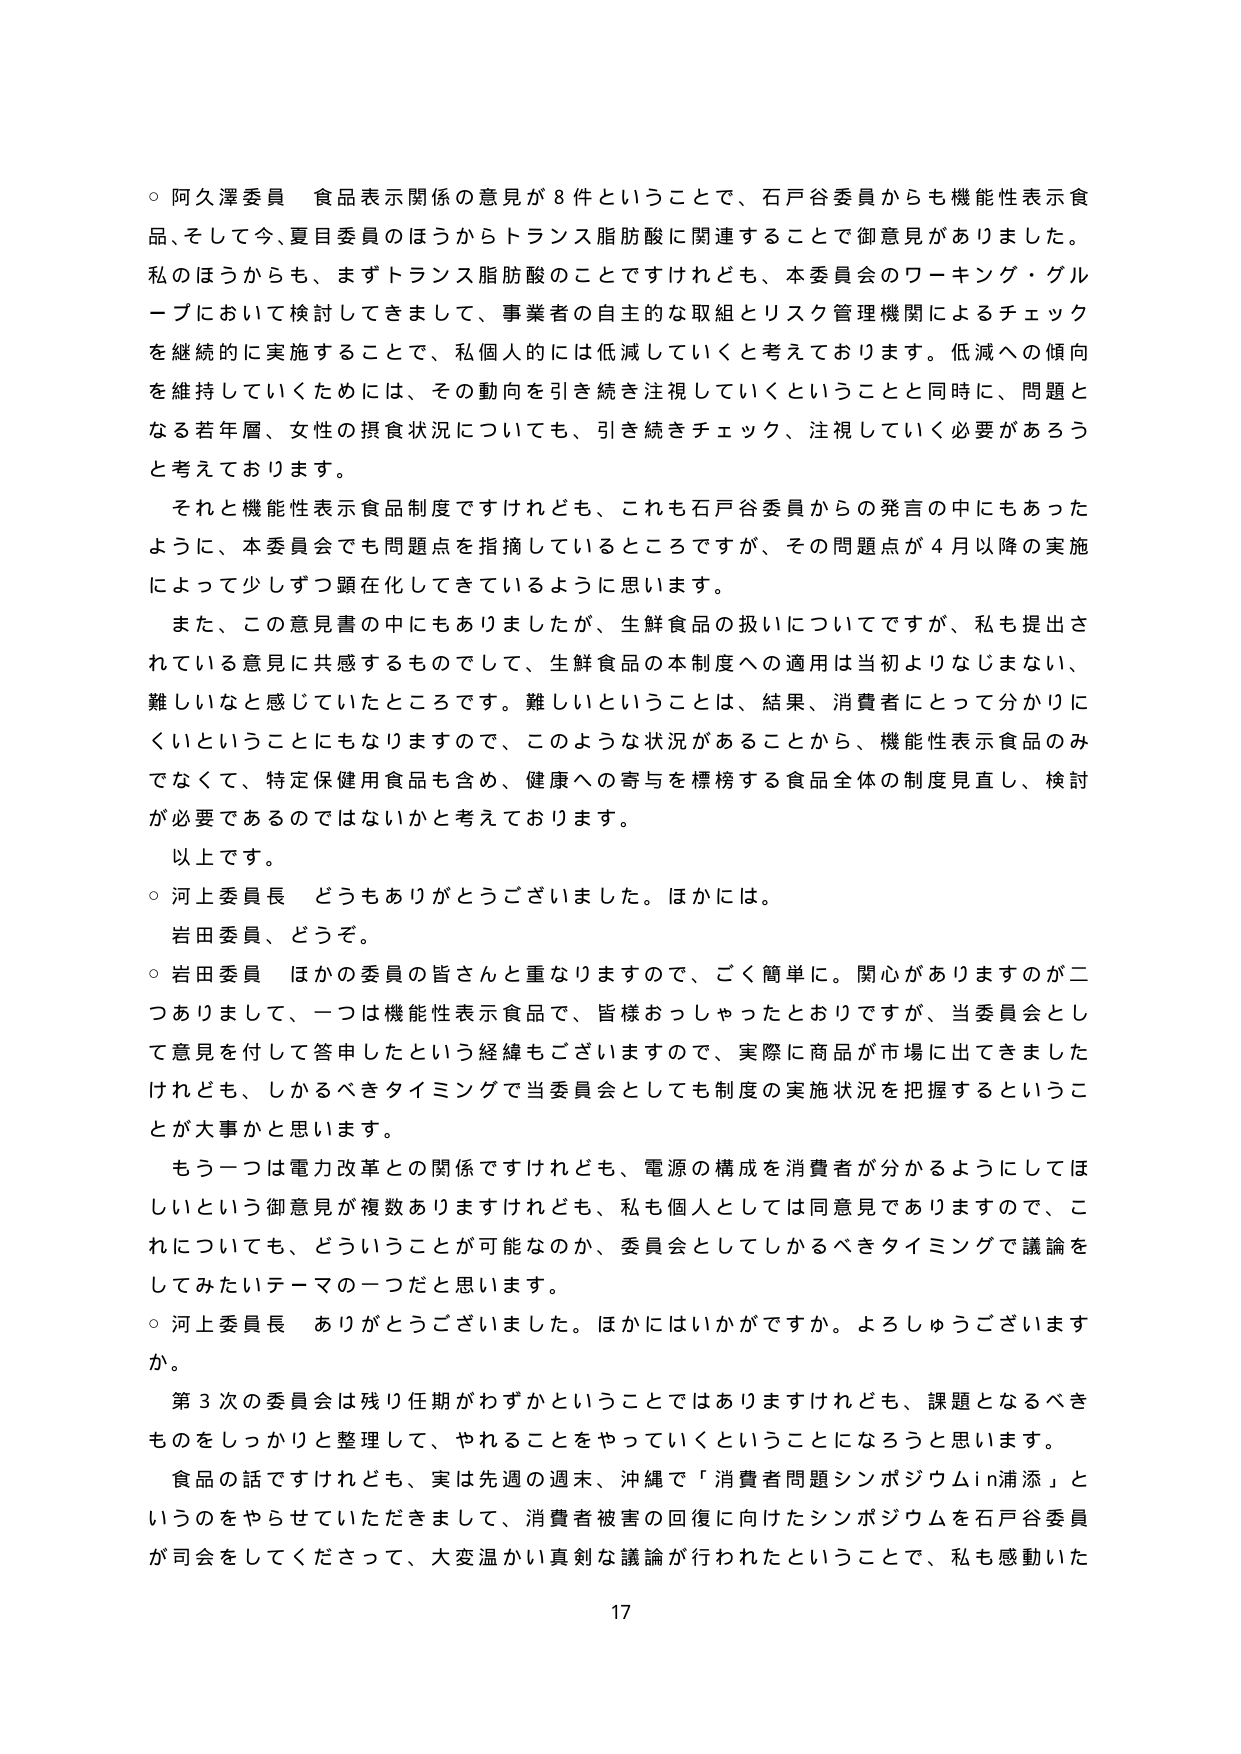
○ 阿久澤委員 食品表示関係の意見が８件ということで、石戸谷委員からも機能性表示食品、そして今、夏目委員のほうからトランス脂肪酸に関連することで御意見がありました。私のほうからも、まずトランス脂肪酸のことですけれども、本委員会のワーキング・グループにおいて検討してきまして、事業者の自主的な取組とリスク管理機関によるチェックを継続的に実施することで、私個人的には低減していくと考えております。低減への傾向を維持していくためには、その動向を引き続き注視していくということと同時に、問題となる若年層、女性の摂食状況についても、引き続きチェック、注視していく必要があるろうと考えております。

それと機能性表示食品制度ですけれども、これも石戸谷委員からの発言の中にもあったように、本委員会でも問題点を指摘しているところですが、その問題点が４月以降の実施によって少しずつ顕在化してきているように思います。

また、この意見書の中にもありましたけど、生鮮食品の扱いについてですが、私も提出されている意見に共感するものとして、生鮮食品の本制度への適用は当初よりなじまない、難しいと感じていたところです。難しいということは、結果、消費者にとって分かりにくいということにもなりますので、このような状況があることから、機能性表示食品のみでなくて、特定保健用食品も含め、健康への寄与を標榜する食品全体の制度見直し、検討が必要であるのではないかと考えております。

以上です。

○ 河上委員長 どうもありがとうございました。ほかには。

岩田委員、どうぞ。

○ 岩田委員 ほかの委員の皆さんと重なりますので、ごく簡単に。関心がありますのが二つありまして、一つは機能性表示食品で、皆様おっしゃったとおりですが、当委員会として意見を付して答申したという経緯もございますので、実際に商品が市場に出てきましたけれども、しかるべきタイミングで当委員会としても制度の実施状況を把握するということが大事かと思います。

もう一つは電力改革との関係ですけれども、電源の構成を消費者が分かるようにしてほしいという御意見が複数ありますけれども、私も個人としては同意見でありますので、これについても、どういうことが可能なのか、委員会としてしかるべきタイミングで議論をしてみたいテーマの一つだと思います。

○ 河上委員長 ありがとうございました。ほかにはいかがですか。よろしゅうございますか。

第３次の委員会は残り任期がわずかということではありますけれども、課題となるべきものをしっかりと整理して、やれることをやっていくということになろうと思います。

食品の話ですけれども、実は先週の週末、沖縄で「消費者問題シンポジウムin浦添」というのをやらせていただきました、消費者被害の回復に向けたシンポジウムを石戸谷委員が司会をしてくださって、大変温かい真剣な議論が行われたということで、私も感動いた

17